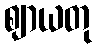
ဈာယတု